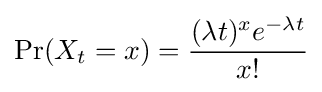
\Pr(X_{t}=x)={\frac {(\lambda t)^{x}e^{-\lambda t}}{x!}}